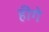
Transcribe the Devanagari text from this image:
हीगे